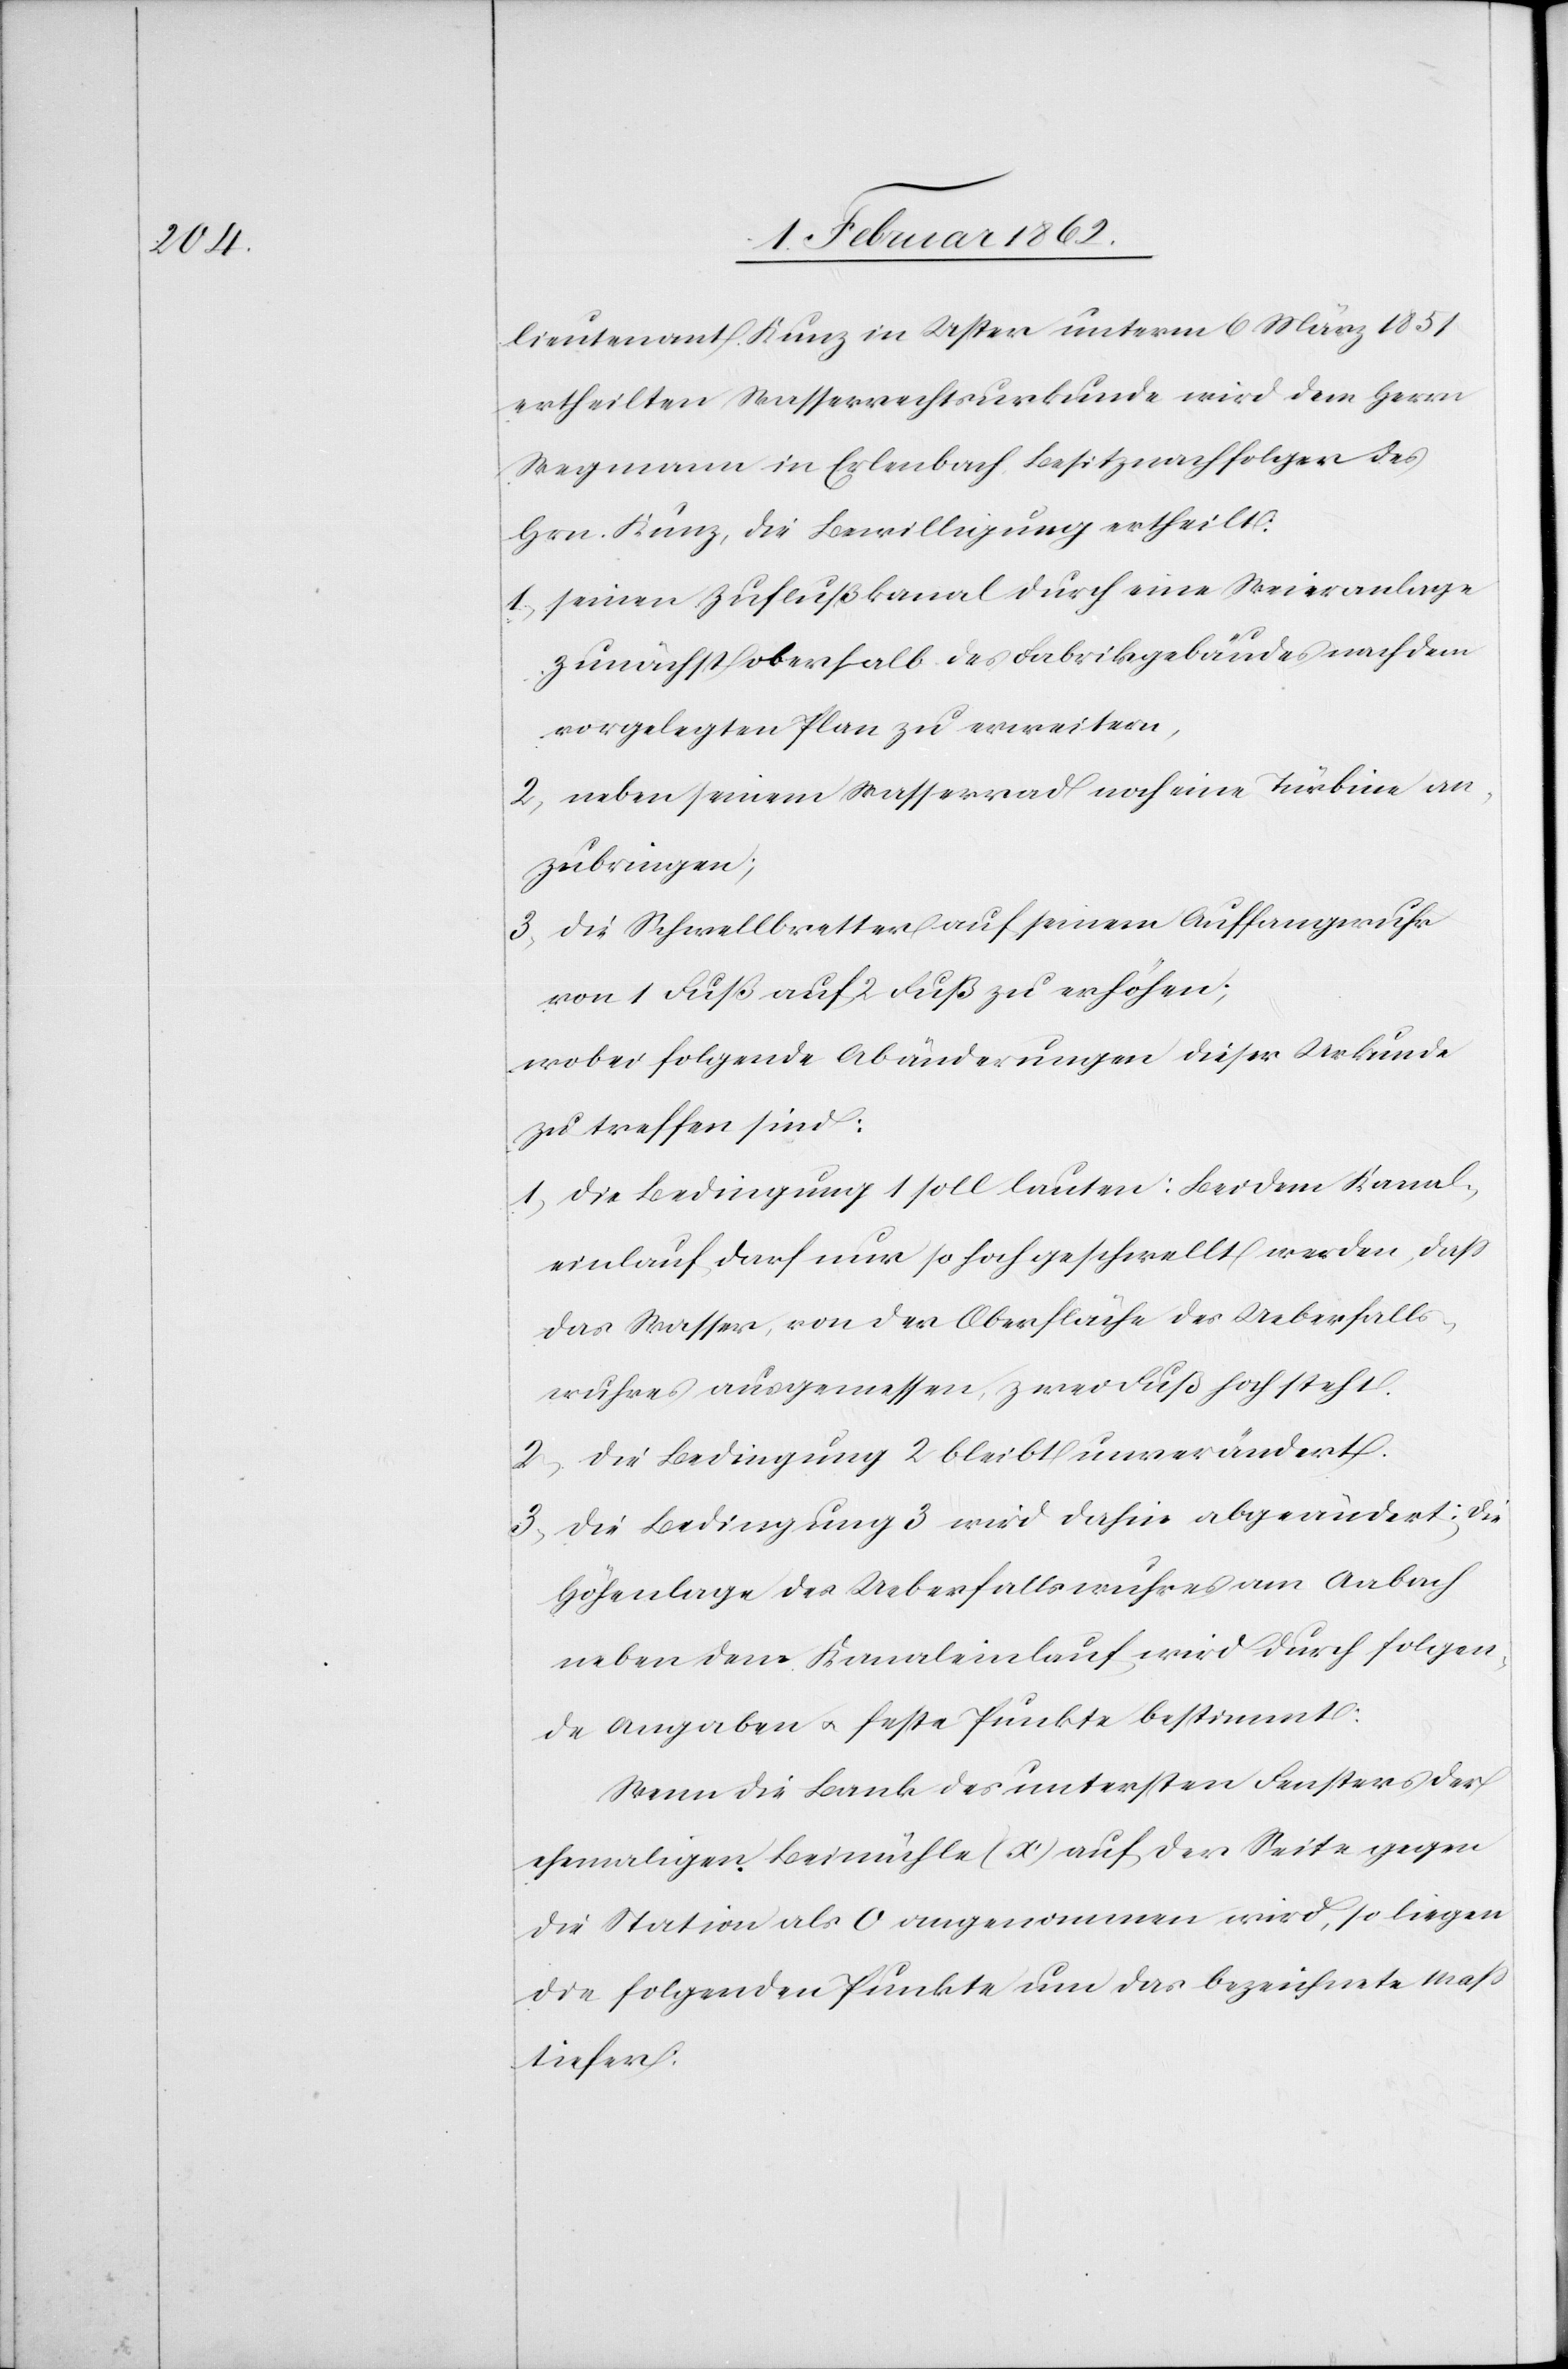
lieutenant Kunz in Uster unterm 6 März 1851
ertheilten Wasserrechtsurkunde wird dem Herrn
Wegmann in Erlenbach, Besitznachfolger des
Hrn. Kunz, die Bewilligung ertheilt:
1) seinen Zuflußkanal durch eine Weieranlage
zunächst oberhalb des Fabrikgeländes nach dem
vorgelegten Plan zu erweitern,
2) neben einem Wasserrad noch eine Turbine an¬
zubringen;
3) die Schwellbretter auf seinem Auffangwuhr
von 1 Fuß auf 2 Fuß zu erhöhen;
wobei folgende Abänderungen dieser Urkunde
zu treffen sind:
1) die Bedingung 1 soll lauten: Bei dem Kanal¬
einlauf darf nur so hoch geschwellt werden, daß
das Wasser, von der Oberfläche des Ueberfalls¬
wuhrs aus gemessen, zwei Fuß hoch steht.
2) die Bedingung 2 bleibt unverändert.
3) die Bedingung 3 wird dahin abgeändert: die
Höhenlage des Ueberfallswuhres am Aabach
neben dem Kanaleinlauf wird durch folgen¬
de Angaben u. feste Punkte bestimmt:
Wenn die Bank des untersten Fensters der
ehemaligen Beimühle (ɑ’) auf der Seite gegen
die Station als 0 angenommen wird, so liegen
die folgenden Punkte um das bezeichnete Maß
tiefer: